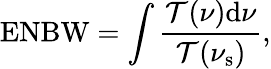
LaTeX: \mathrm{ENBW}=\int\frac{\mathcal{T}(\nu)\mathrm{d}\nu}{\mathcal{T}(\nu_{\mathrm{{s}}})},